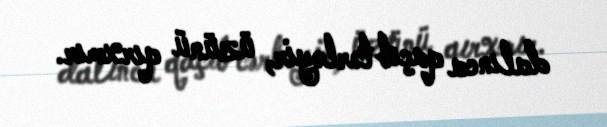
dalınca qaçıb tərləyir, üzünü qırxmır.